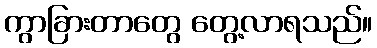
ကွာခြားတာတွေ တွေ့လာရသည်။